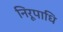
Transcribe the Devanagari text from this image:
निरूपाधि